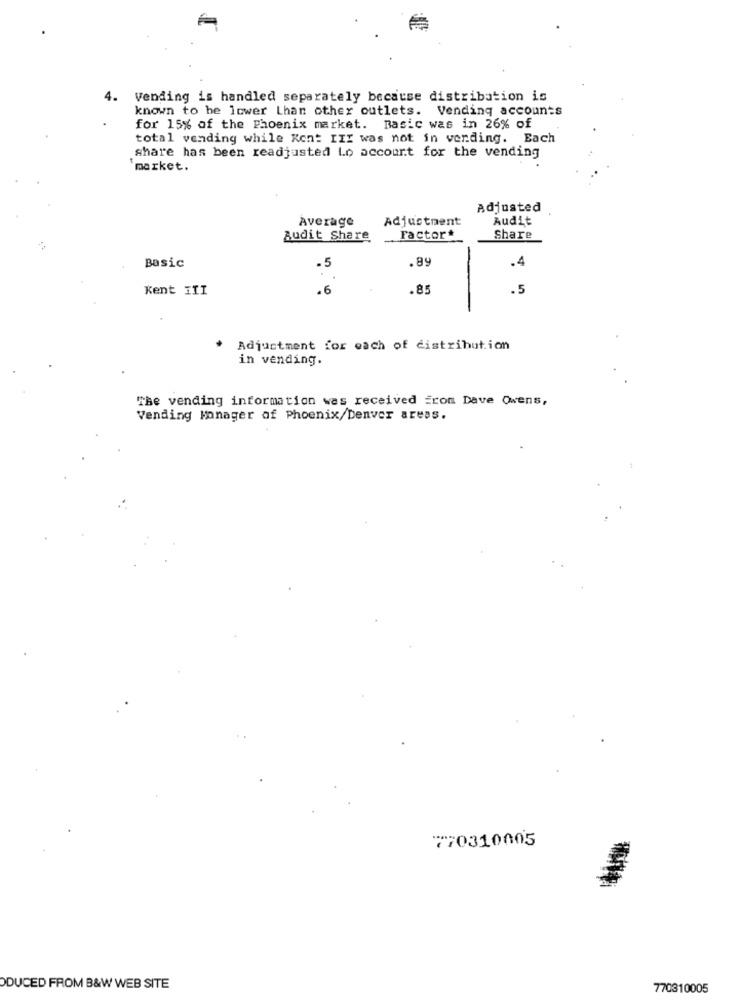
4.
Vending is handled separately because distribution is
known to he lower than other outlets. Vending accounts
for 15% of the Phoenix market. Basic was in 26% of
total vending while Kont III was not in vending. Each
share has been readjusted Lo account for the vending
`market.
Adjusted
Average
Adjustment
Audit
Budit Share
Factor*
Share
Basic
.5
.89
.4
Kent III
.6
.85
.5
Adjustment for each of distribution
in vending.
The vending information was received from Dave Owens,
Vending Manager of Phoenix/Denver areas.
770310005
DUCED FROM B&W WEB SITE
770310005